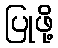
ပြုဖို့